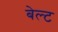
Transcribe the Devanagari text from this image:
बेल्‍ट